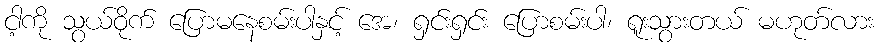
ငါ့ကို သွယ်ဝိုက် ပြောမနေစမ်းပါနှင့် အေ၊ ရှင်းရှင်း ပြောစမ်းပါ၊ ရူးသွားတယ် မဟုတ်လား